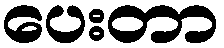
ပေးတာ